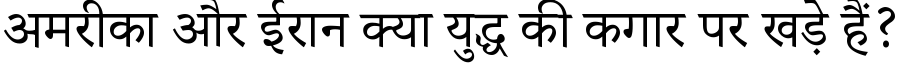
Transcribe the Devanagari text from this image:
अमरीका और ईरान क्या युद्ध की कगार पर खड़े हैं?